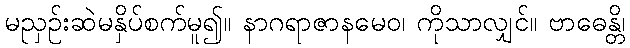
မညှဉ်းဆဲမနှိပ်စက်မူ၍။ နာဂရာဇာနမေဝ၊ ကိုသာလျှင်။ ဗာဓေန္တိ၊